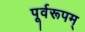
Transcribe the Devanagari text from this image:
पूर्वरूपम्